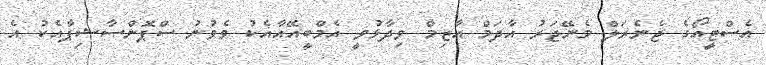
އެސްޓީއޯގެ ޖެނެރަލް މެނޭޖަރު އާދަމް އާޒިމް ވިދާޅުވީ އެމްބީއޭއާއެކު ވެވުނު ސްޕޮންސާޝިޕާއެކު އެ